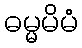
ဓမ္မမိမံ